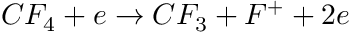
C F _ { 4 } + e \rightarrow C F _ { 3 } + F ^ { + } + 2 e